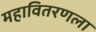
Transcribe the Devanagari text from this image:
महावितरणला